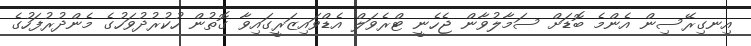
އިނގިރޭސިން އެންމެ ބޮޑަށް ސަމާލުވާން ޖެހެނީ ޓްރެވަލް އެޑްވައިޒަރީގައިވާ ގޮތުން ހުކުރުދުވަހުގެ މެންދުރުފަހުގެ